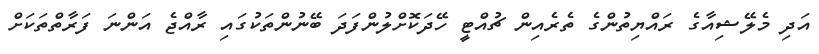
އަދި މެލޭޝިއާގެ ރައްޔިތުންގެ ތެރެއިން ޗުއްޓީ ހޭދަކޮށްލުންފަދަ ބޭނުންތަކުގައި ރާއްޖެ އަންނަ ފަރާތްތަކަށް